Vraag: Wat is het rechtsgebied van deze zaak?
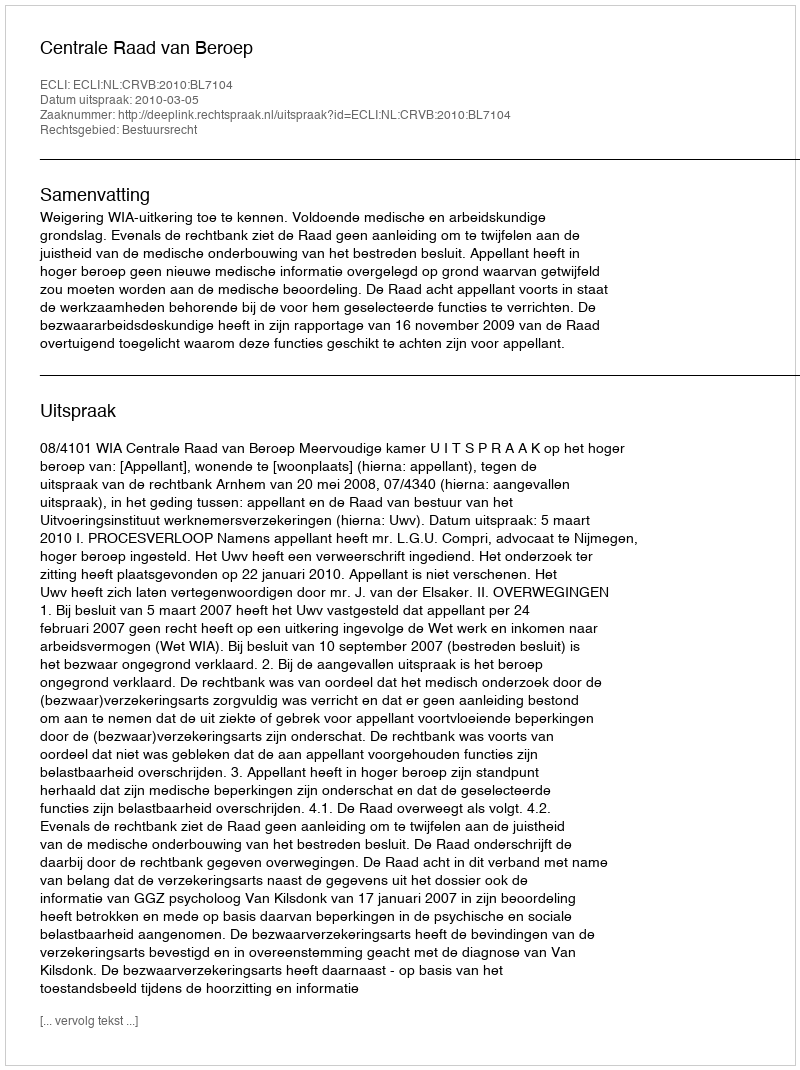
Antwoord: Bestuursrecht